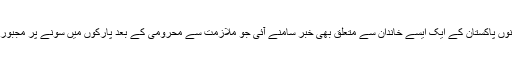
ان دنوں پاکستان کے ایک ایسے خاندان سے متعلق بھی خبر سامنے آئی جو ملازمت سے محرومی کے بعد پارکوں میں سونے پر مجبور تھا۔